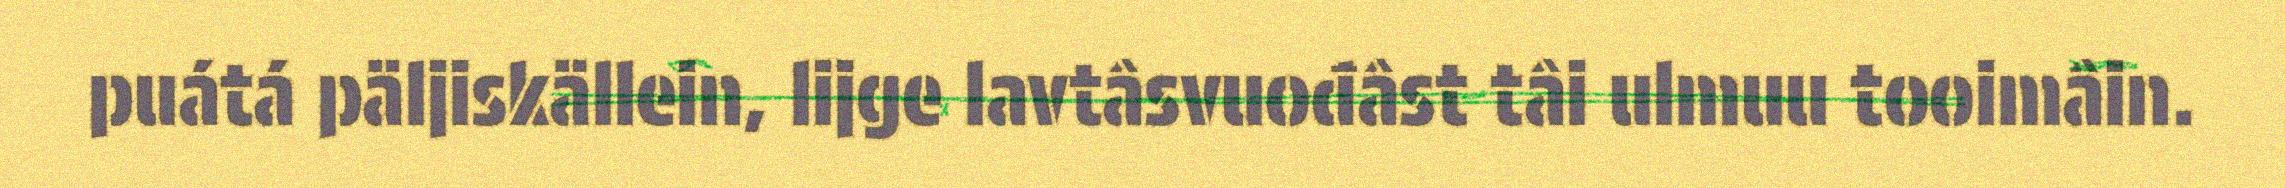
puátá päljiskällein, lijge lavtâsvuođâst tâi ulmuu tooimâin.